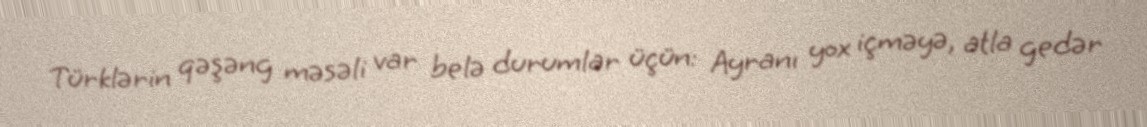
Türklərin qəşəng məsəli var belə durumlar üçün: Ayranı yox içməyə, atla gedər